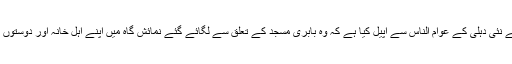
ڈاکٹر نظام الدین خان نے نئی دہلی کے عوام الناس سے اپیل کیا ہے کہ وہ بابری مسجد کے تعلق سے لگائے گئے نمائش گاہ میں اپنے اہل خانہ اور دوستوں کے ساتھ تشریف لائیں۔